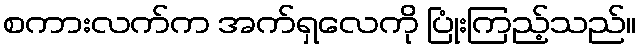
စကားလက်က အက်ရှလေကို ပြုံးကြည့်သည်။